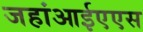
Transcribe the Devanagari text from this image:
जहांआईएएस